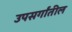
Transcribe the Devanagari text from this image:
उपसर्गांतील